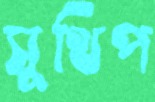
সুথিপ